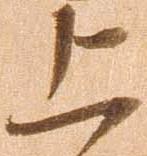
上